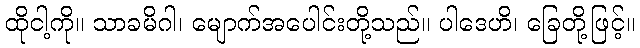
ထိုငါ့ကို။ သာခမိဂါ၊ မျောက်အပေါင်းတို့သည်။ ပါဒေဟိ၊ ခြေတို့ဖြင့်။